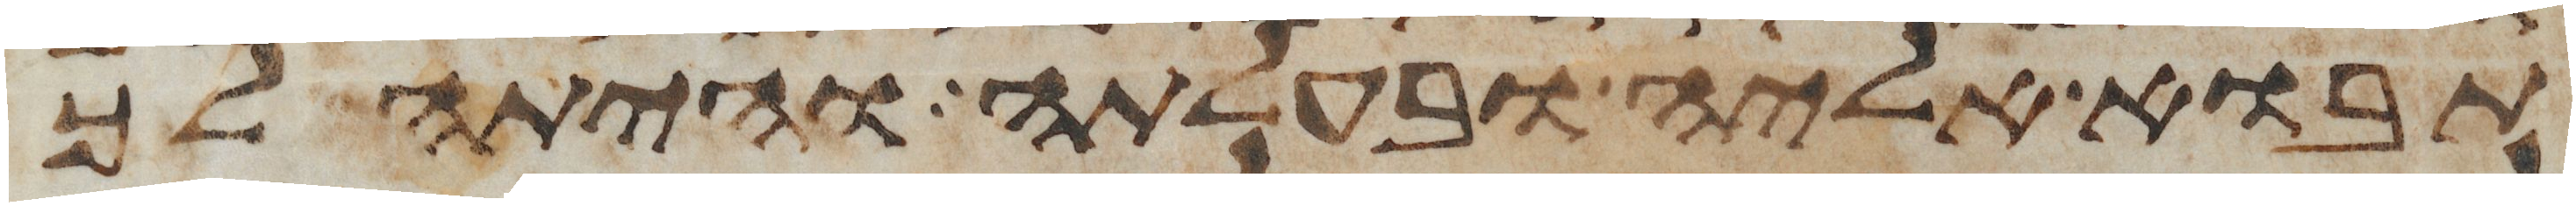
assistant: תבוא אליה ובעלתה והיתה לך